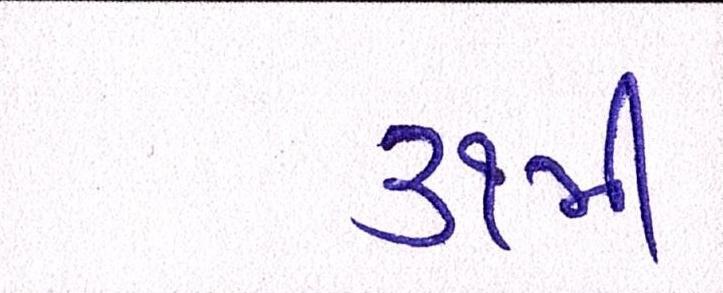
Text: ૩૧મી